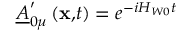
\underline { { { A } } } _ { 0 \mu } ^ { \prime } \left( \mathbf { x , } t \right) = e ^ { - i H _ { W 0 } t }